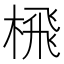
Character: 榌